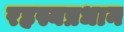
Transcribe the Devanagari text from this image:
रहस्यप्रधान